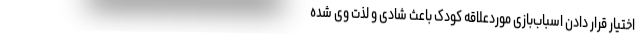
اختیار قرار دادن اسباب‌بازی موردعلاقه کودک باعث شادی و لذت وی شده